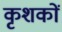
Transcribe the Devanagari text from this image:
कृशकों